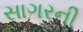
સાગરની